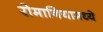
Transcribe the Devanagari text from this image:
रोमानियामध्ये